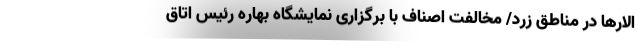
الارها در مناطق زرد/ مخالفت اصناف با برگزاری نمایشگاه بهاره رئیس اتاق